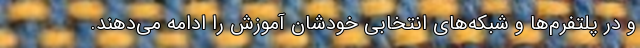
و در پلتفرم‌ها و شبکه‌های انتخابی خودشان آموزش را ادامه می‌دهند.